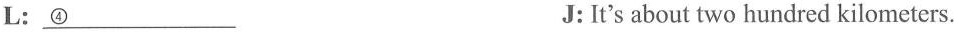
L:\underline{④ } J:It's about two hundred kilometers.